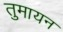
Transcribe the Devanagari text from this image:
तुमायन